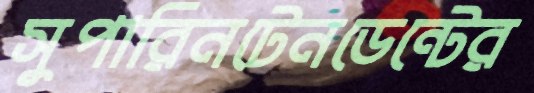
সুপারিনটেনডেন্টের